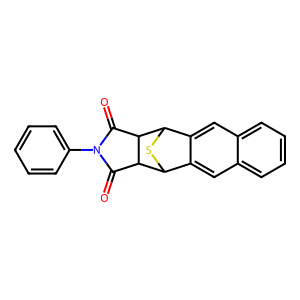
SMILES: O=C1C2C3SC(c4cc5ccccc5cc43)C2C(=O)N1c1ccccc1
Inhibits HIV replication: No